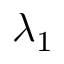
\lambda _ { 1 }